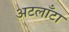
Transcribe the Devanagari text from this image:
अटलाँटा